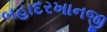
બહાદરખાનજી